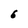
Character: 6